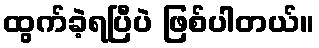
ထွက်ခဲ့ရပြီပဲ ဖြစ်ပါတယ်။